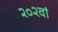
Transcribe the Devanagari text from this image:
२०२वां